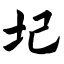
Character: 圮